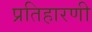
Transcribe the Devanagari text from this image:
प्रतिहारणी